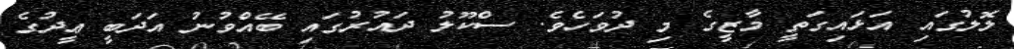
ލޮލުގައި އަޅައިގަތީ މާޒީގެ މި ދުވަހެވެ. ސްކޫލު ދައުރުގައި ބޭއްވުނު އަދަބީ ޢީދުގެ